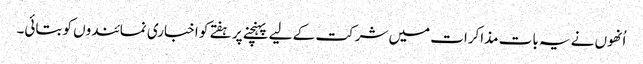
اُنھوں نے یہ بات مذاکرات میں شرکت کے لیے پہنچنے پر ہفتے کو اخباری نمائندوں کو بتائی۔